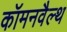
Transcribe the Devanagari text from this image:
कॉमनवैल्‍थ